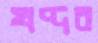
খদ্দর